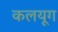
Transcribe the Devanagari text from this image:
कलयूग